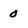
Character: 0